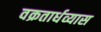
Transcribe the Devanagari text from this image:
वक्रतार्धव्यास